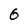
Character: 6